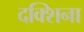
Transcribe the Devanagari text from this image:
दक्शिना